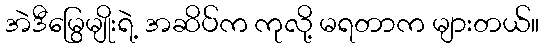
အဲဒီမြွေမျိုးရဲ့ အဆိပ်က ကုလို့ မရတာက များတယ်။